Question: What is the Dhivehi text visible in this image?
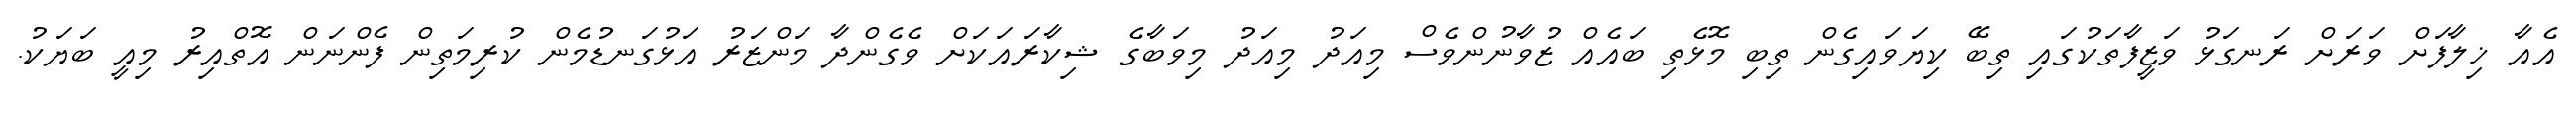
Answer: އެއާ ޚިލާފަށް ވަރަށް ރަނގަޅު ވަޒީފާތަކުގައި ތިބޭ ކިޔަވައިގެން ތިބި މޮޅެތި ބައެއް ޒުވާނުންވެސް މިއަދު މިއަދު މިވަބާގެ ޝިކާރައަކަށް ވެގެންދާ މަންޒަރު އަޅުގަނޑުމެން ކުރިމަތިން ފެންނަން އޮތްއިރު މިއީ ބަޔަކު.